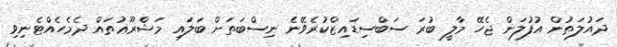
ދައުލަތުން އުފުލަން ޖެހޭ މާލީ ބުރަ ސަބްސިޑައިޒްކުރެވޭނެ ނިސްބަތަށް ބަލައި މަޝްރޫޢުތައް ދެމެހެއްޓެނިވި